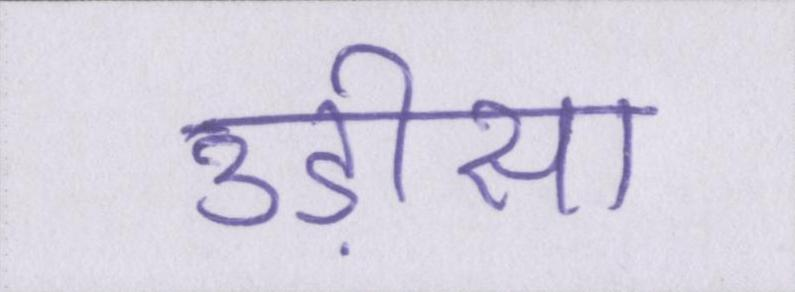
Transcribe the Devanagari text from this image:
उड़ीसा